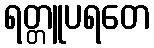
ရတ္တူပရတေ